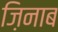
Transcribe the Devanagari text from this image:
ज़िनाब